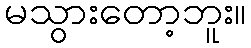
မသွားတော့ဘူး။